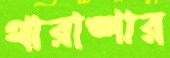
থারাঙ্গার